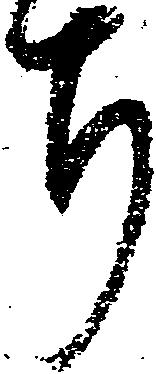
ち